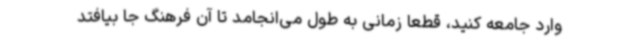
وارد جامعه کنید، قطعا زمانی به طول می‌انجامد تا آن فرهنگ جا بیافتد